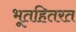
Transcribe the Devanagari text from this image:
भूतहितरत